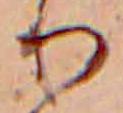
り